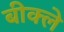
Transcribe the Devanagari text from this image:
बीक्ले